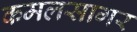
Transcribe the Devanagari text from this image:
कमलसागर